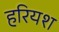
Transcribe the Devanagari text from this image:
हरियश